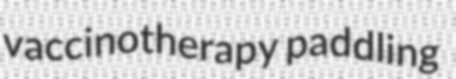
vaccinotherapy paddling